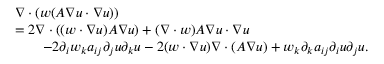
\begin{array} { r } { \begin{array} { r l } & { \nabla \cdot ( w ( A \nabla u \cdot \nabla u ) ) } \\ & { = 2 \nabla \cdot ( ( w \cdot \nabla u ) A \nabla u ) + ( \nabla \cdot w ) A \nabla u \cdot \nabla u } \\ & { \qquad - 2 \partial _ { i } w _ { k } a _ { i j } \partial _ { j } u \partial _ { k } u - 2 ( w \cdot \nabla u ) \nabla \cdot ( A \nabla u ) + w _ { k } \partial _ { k } a _ { i j } \partial _ { i } u \partial _ { j } u . } \end{array} } \end{array}